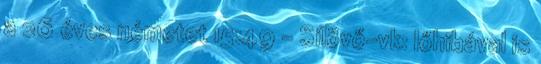
a 26 éves németet 15:49 - Sílövő-vk: lőhibával is